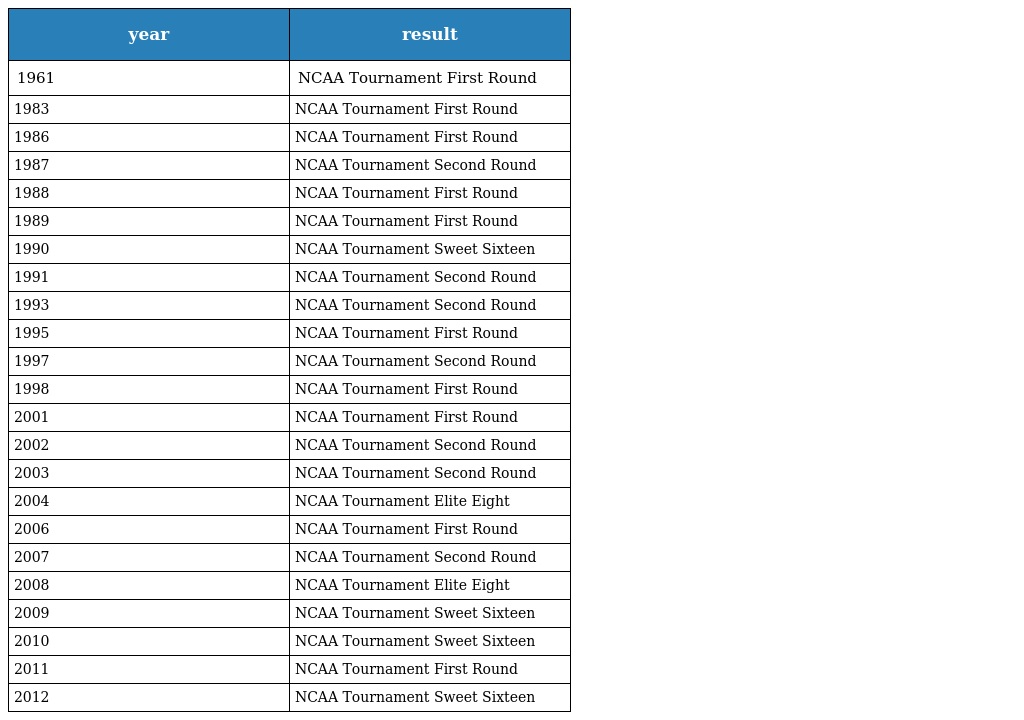
| year | result |
 | --- | --- |
 | 1961 | NCAA Tournament First Round |
 | 1983 | NCAA Tournament First Round |
 | 1986 | NCAA Tournament First Round |
 | 1987 | NCAA Tournament Second Round |
 | 1988 | NCAA Tournament First Round |
 | 1989 | NCAA Tournament First Round |
 | 1990 | NCAA Tournament Sweet Sixteen |
 | 1991 | NCAA Tournament Second Round |
 | 1993 | NCAA Tournament Second Round |
 | 1995 | NCAA Tournament First Round |
 | 1997 | NCAA Tournament Second Round |
 | 1998 | NCAA Tournament First Round |
 | 2001 | NCAA Tournament First Round |
 | 2002 | NCAA Tournament Second Round |
 | 2003 | NCAA Tournament Second Round |
 | 2004 | NCAA Tournament Elite Eight |
 | 2006 | NCAA Tournament First Round |
 | 2007 | NCAA Tournament Second Round |
 | 2008 | NCAA Tournament Elite Eight |
 | 2009 | NCAA Tournament Sweet Sixteen |
 | 2010 | NCAA Tournament Sweet Sixteen |
 | 2011 | NCAA Tournament First Round |
 | 2012 | NCAA Tournament Sweet Sixteen |